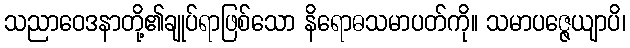
သညာဝေဒနာတို့၏ချုပ်ရာဖြစ်သော နိရောဓသမာပတ်ကို။ သမာပဇ္ဇေယျာပိ၊